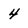
Character: 4